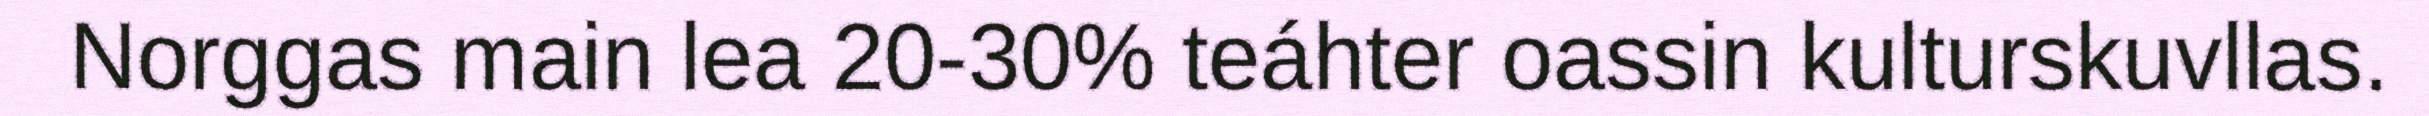
Norggas main lea 20-30% teáhter oassin kulturskuvllas.